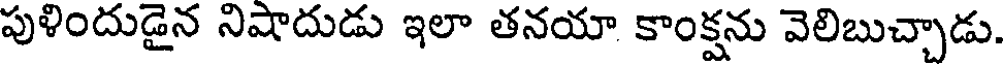
పుళిందుడైన నిషాదుడు ఇలా తనయా కాంక్షను వెలిబుచ్చాడు.